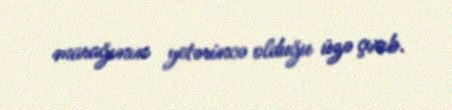
marağının yetərincə olduğu üzə çıxıb.